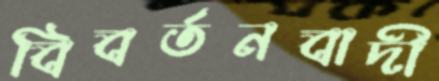
বিবর্তনবাদী